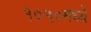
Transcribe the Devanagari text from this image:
१०५०मध्ये